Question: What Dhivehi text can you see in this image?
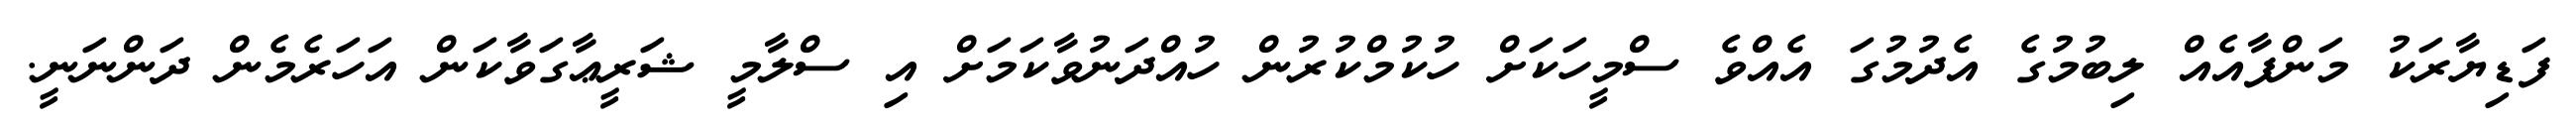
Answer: ފަޑިޔާރަކު މަންފާއެއް ލިބުމުގެ އެދުމުގަ އެއްވެ ސްމީހަކަށް ހުކުމްކުރުން ހުއްދަނުވާކަމަށް އި ސްލާމީ ޝަރީޢާގަވާކަން އަހަރެމެން ދަންނަނީ.